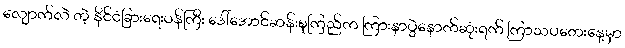
လျှောက်လဲ တဲ့ နိုင်ငံခြားရေးဝန်ကြီး ဒေါ်အောင်ဆန်းစုကြည်က ကြားနာပွဲနောက်ဆုံးရက် ကြာသပတေးနေ့မှာ